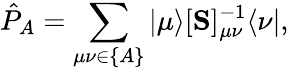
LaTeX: \hat{P}_{A}=\sum_{\mu\nu\in\{ A\} }|\mu\rangle[\mathbf{S}]_{\mu\nu}^{-1}\langle\nu|,